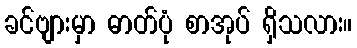
ခင်ဗျားမှာ ဓာတ်ပုံ စာအုပ် ရှိသလား။